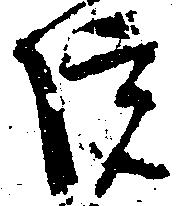
院